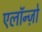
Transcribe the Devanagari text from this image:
एलॉन्ज़ो